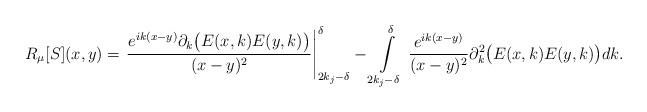
LaTeX: \begin{align*}R_\mu[S](x, y)& = \left.\frac{e^{i k(x-y)}\partial_k \big(E(x, k) E(y, k) \big)}{(x-y)^2}\right|_{2k_j-\delta}^\delta - \int\limits_{2k_j-\delta}^\delta \, \frac{e^{i k(x-y)}}{(x-y)^2}\partial_k^2\big( E(x, k) E(y, k) \big)dk.\end{align*}